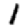
Digit: 1